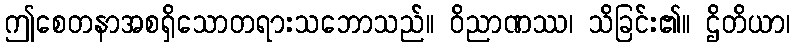
ဤစေတနာအစရှိသောတရားသဘောသည်။ ဝိညာဏဿ၊ သိခြင်း၏။ ဌိတိယာ၊